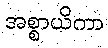
အစ္စာယိကာ